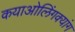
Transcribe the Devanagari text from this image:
कयाओलिंगक्यांग